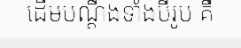
ដើមបណ្តឹងទាំងបីរូប គឺ